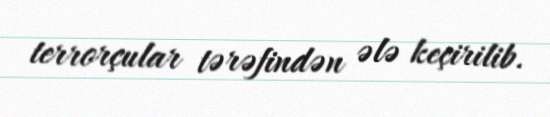
terrorçular tərəfindən ələ keçirilib.